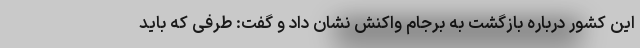
این کشور درباره بازگشت به برجام واکنش نشان داد و گفت: طرفی که باید